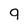
Character: 9